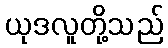
ယုဒလူတို့သည်